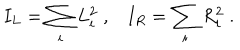
I _ { L } = \sum _ { i } L _ { i } ^ { 2 } \; , I _ { R } = \sum _ { i } R _ { i } ^ { 2 } \; .